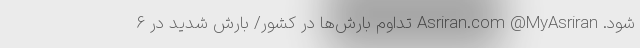
شود. Asriran.com @MyAsriran تداوم بارش‌ها در کشور/ بارش شدید در 6